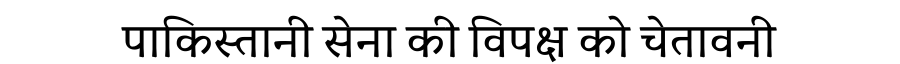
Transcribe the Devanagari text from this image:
पाकिस्तानी सेना की विपक्ष को चेतावनी